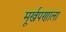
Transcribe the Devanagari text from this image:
मूर्खपणाला